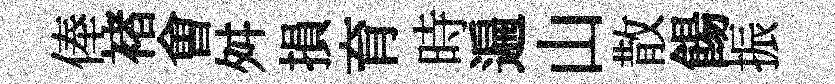
俸褚㑹舛損育時遍山散餳振